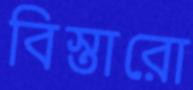
বিস্তারো